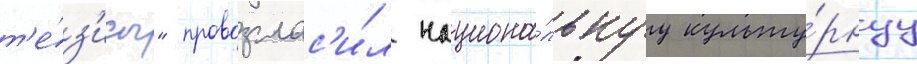
т'е́з'исы" провозглас'и́л национа́льнуу культу́рнуу